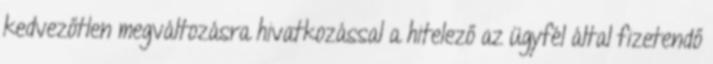
kedvezőtlen megváltozásra hivatkozással a hitelező az ügyfél által fizetendő